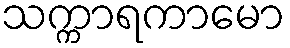
သက္ကာရကာမော